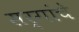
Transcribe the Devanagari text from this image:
सर्गांचे